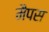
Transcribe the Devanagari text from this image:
मैपस